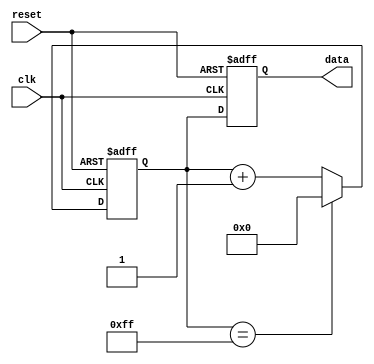
module repeat_loop(
    input wire clk,          // Clock input
    input wire reset,        // Reset signal
    output reg [7:0] data   // Example output data
);

// Internal state variable
reg [7:0] counter;

// Initialization
initial begin
    counter = 8'b0; // Initialize counter
    data = 8'b0;    // Initialize output data
end

always @(posedge clk or posedge reset) begin
    if (reset) begin
        // Reset condition
        counter <= 8'b0;
        data <= 8'b0;
    end else begin
        // Repeat Loop Execution
        // Example operation: Increment counter and generate output data
        counter <= counter + 1;
        data <= counter; // Update output data with the counter value
        
        // You can add additional operations here
        // Example: Check a condition and perform actions
        if (counter == 8'd255) begin
            counter <= 8'b0; // Reset counter when it reaches 255
        end
    end
end

endmodule